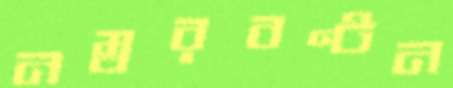
নম্বরবণ্টন